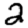
Digit: 2